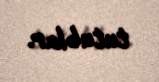
tutublar.